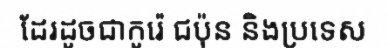
ដែរដូចជាកូរ៉េ ជប៉ុន និងប្រទេស